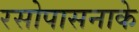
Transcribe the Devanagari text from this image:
रसोपासनाके